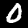
Digit: 0